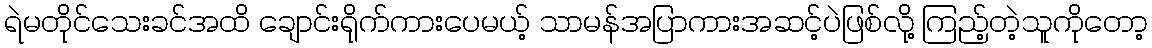
ရဲမတိုင်သေးခင်အထိ ချောင်းရိုက်ကားပေမယ့် သာမန်အပြာကားအဆင့်ပဲဖြစ်လို့ ကြည့်တဲ့သူကိုတော့